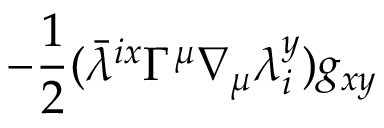
- \frac { 1 } { 2 } ( { \bar { \lambda } } ^ { i x } \Gamma ^ { \mu } \nabla _ { \mu } \lambda _ { i } ^ { y } ) g _ { x y }